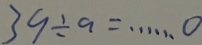
3 9 \div a = \cdots o